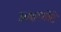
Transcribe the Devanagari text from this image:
अक्षरमोटे